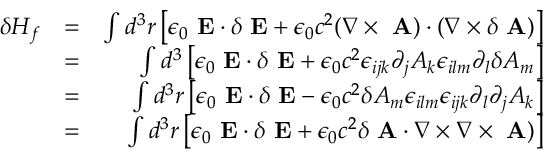
\begin{array} { r l r } { \delta H _ { f } } & { = } & { \int d ^ { 3 } r \left[ \epsilon _ { 0 } \mathrm { \bf ~ E } \cdot \delta \mathrm { \bf ~ E } + \epsilon _ { 0 } c ^ { 2 } ( \nabla \times \mathrm { \bf ~ A } ) \cdot ( \nabla \times \delta \mathrm { \bf ~ A } ) \right] } \\ & { = } & { \int d ^ { 3 } \left[ \epsilon _ { 0 } \mathrm { \bf ~ E } \cdot \delta \mathrm { \bf ~ E } + \epsilon _ { 0 } c ^ { 2 } \epsilon _ { i j k } \partial _ { j } A _ { k } \epsilon _ { i l m } \partial _ { l } \delta A _ { m } \right] } \\ & { = } & { \int d ^ { 3 } r \left[ \epsilon _ { 0 } \mathrm { \bf ~ E } \cdot \delta \mathrm { \bf ~ E } - \epsilon _ { 0 } c ^ { 2 } \delta A _ { m } \epsilon _ { i l m } \epsilon _ { i j k } \partial _ { l } \partial _ { j } A _ { k } \right] } \\ & { = } & { \int d ^ { 3 } r \left[ \epsilon _ { 0 } \mathrm { \bf ~ E } \cdot \delta \mathrm { \bf ~ E } + \epsilon _ { 0 } c ^ { 2 } \delta \mathrm { \bf ~ A } \cdot \nabla \times \nabla \times \mathrm { \bf ~ A } ) \right] } \end{array}